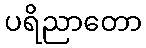
ပရိညာတော